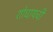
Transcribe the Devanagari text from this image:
शोधायची